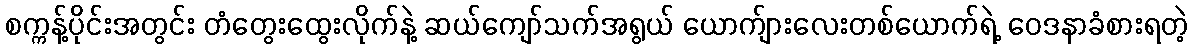
စက္ကန့်ပိုင်းအတွင်း တံတွေးထွေးလိုက်နဲ့ ဆယ်ကျော်သက်အရွယ် ယောက်ျားလေးတစ်ယောက်ရဲ့ ဝေဒနာခံစားရတဲ့